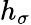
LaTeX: h_{\sigma}